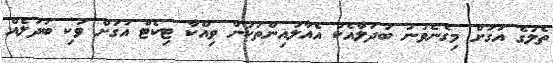
ތެލުގެ އަގަށް މިގެނެވުނު ބަދަލާއެކު އެއާލައިންތަކުން ވިއްކާ ޓިކެޓް އަގަށް ވަކި ބަދަލެއް